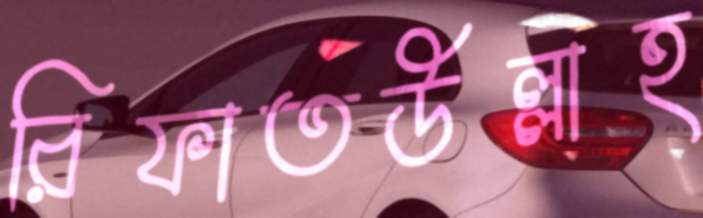
রিফাতউল্লাহ